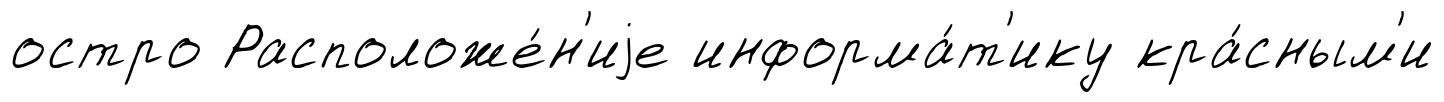
остро Расположе́н'иjе информа́т'ику кра́сным'и